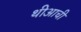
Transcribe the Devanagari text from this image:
थीआची